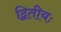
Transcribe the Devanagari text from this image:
द्वितीयः